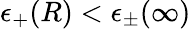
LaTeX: \epsilon_{+}(R)<\epsilon_{\pm}(\infty)